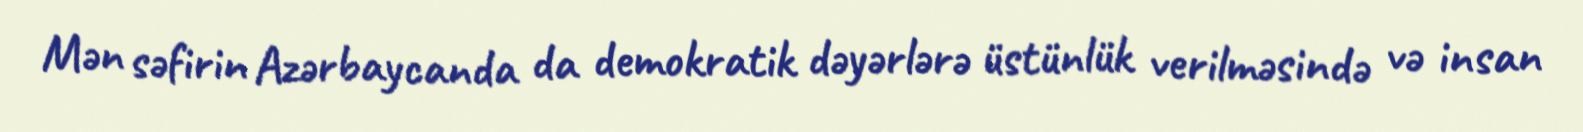
Mən səfirin Azərbaycanda da demokratik dəyərlərə üstünlük verilməsində və insan